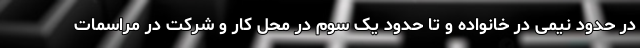
در حدود نیمی در خانواده و تا حدود یک سوم در محل کار و شرکت در مراسمات